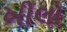
ખીલો